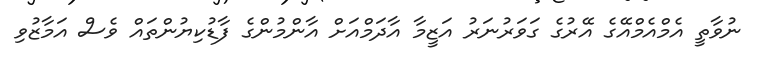
ނުވާތީ އެމްއެމްއޭގެ އޭރުގެ ގަވަރުނަރު އަޒީމާ އާދަމްއަށް އާންމުންގެ ފާޑުކިޔުންތައް ވެސް އަމާޒުވި